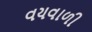
વયવાળી